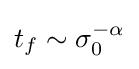
t_{f}\sim \sigma _{0}^{-\alpha }